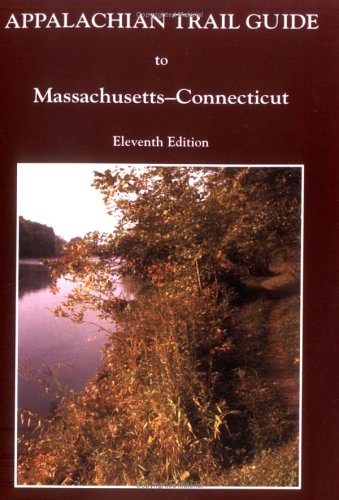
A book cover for Appalachian Trail Guide to Massachusetts-Connecticut; Appalachian Trail Conference; Travel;